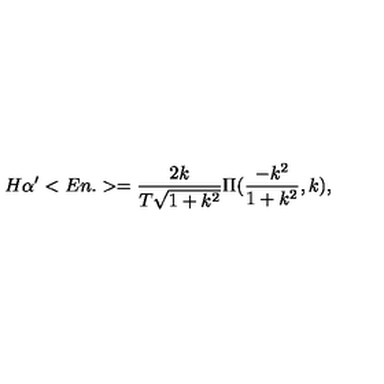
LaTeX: H \alpha ^ { \prime } < E n . > = \frac { 2 k } { T \sqrt { 1 + k ^ { 2 } } } \Pi ( \frac { - k ^ { 2 } } { 1 + k ^ { 2 } } , k ) ,